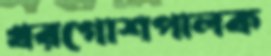
খরগোশপালক